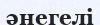
әнегелі